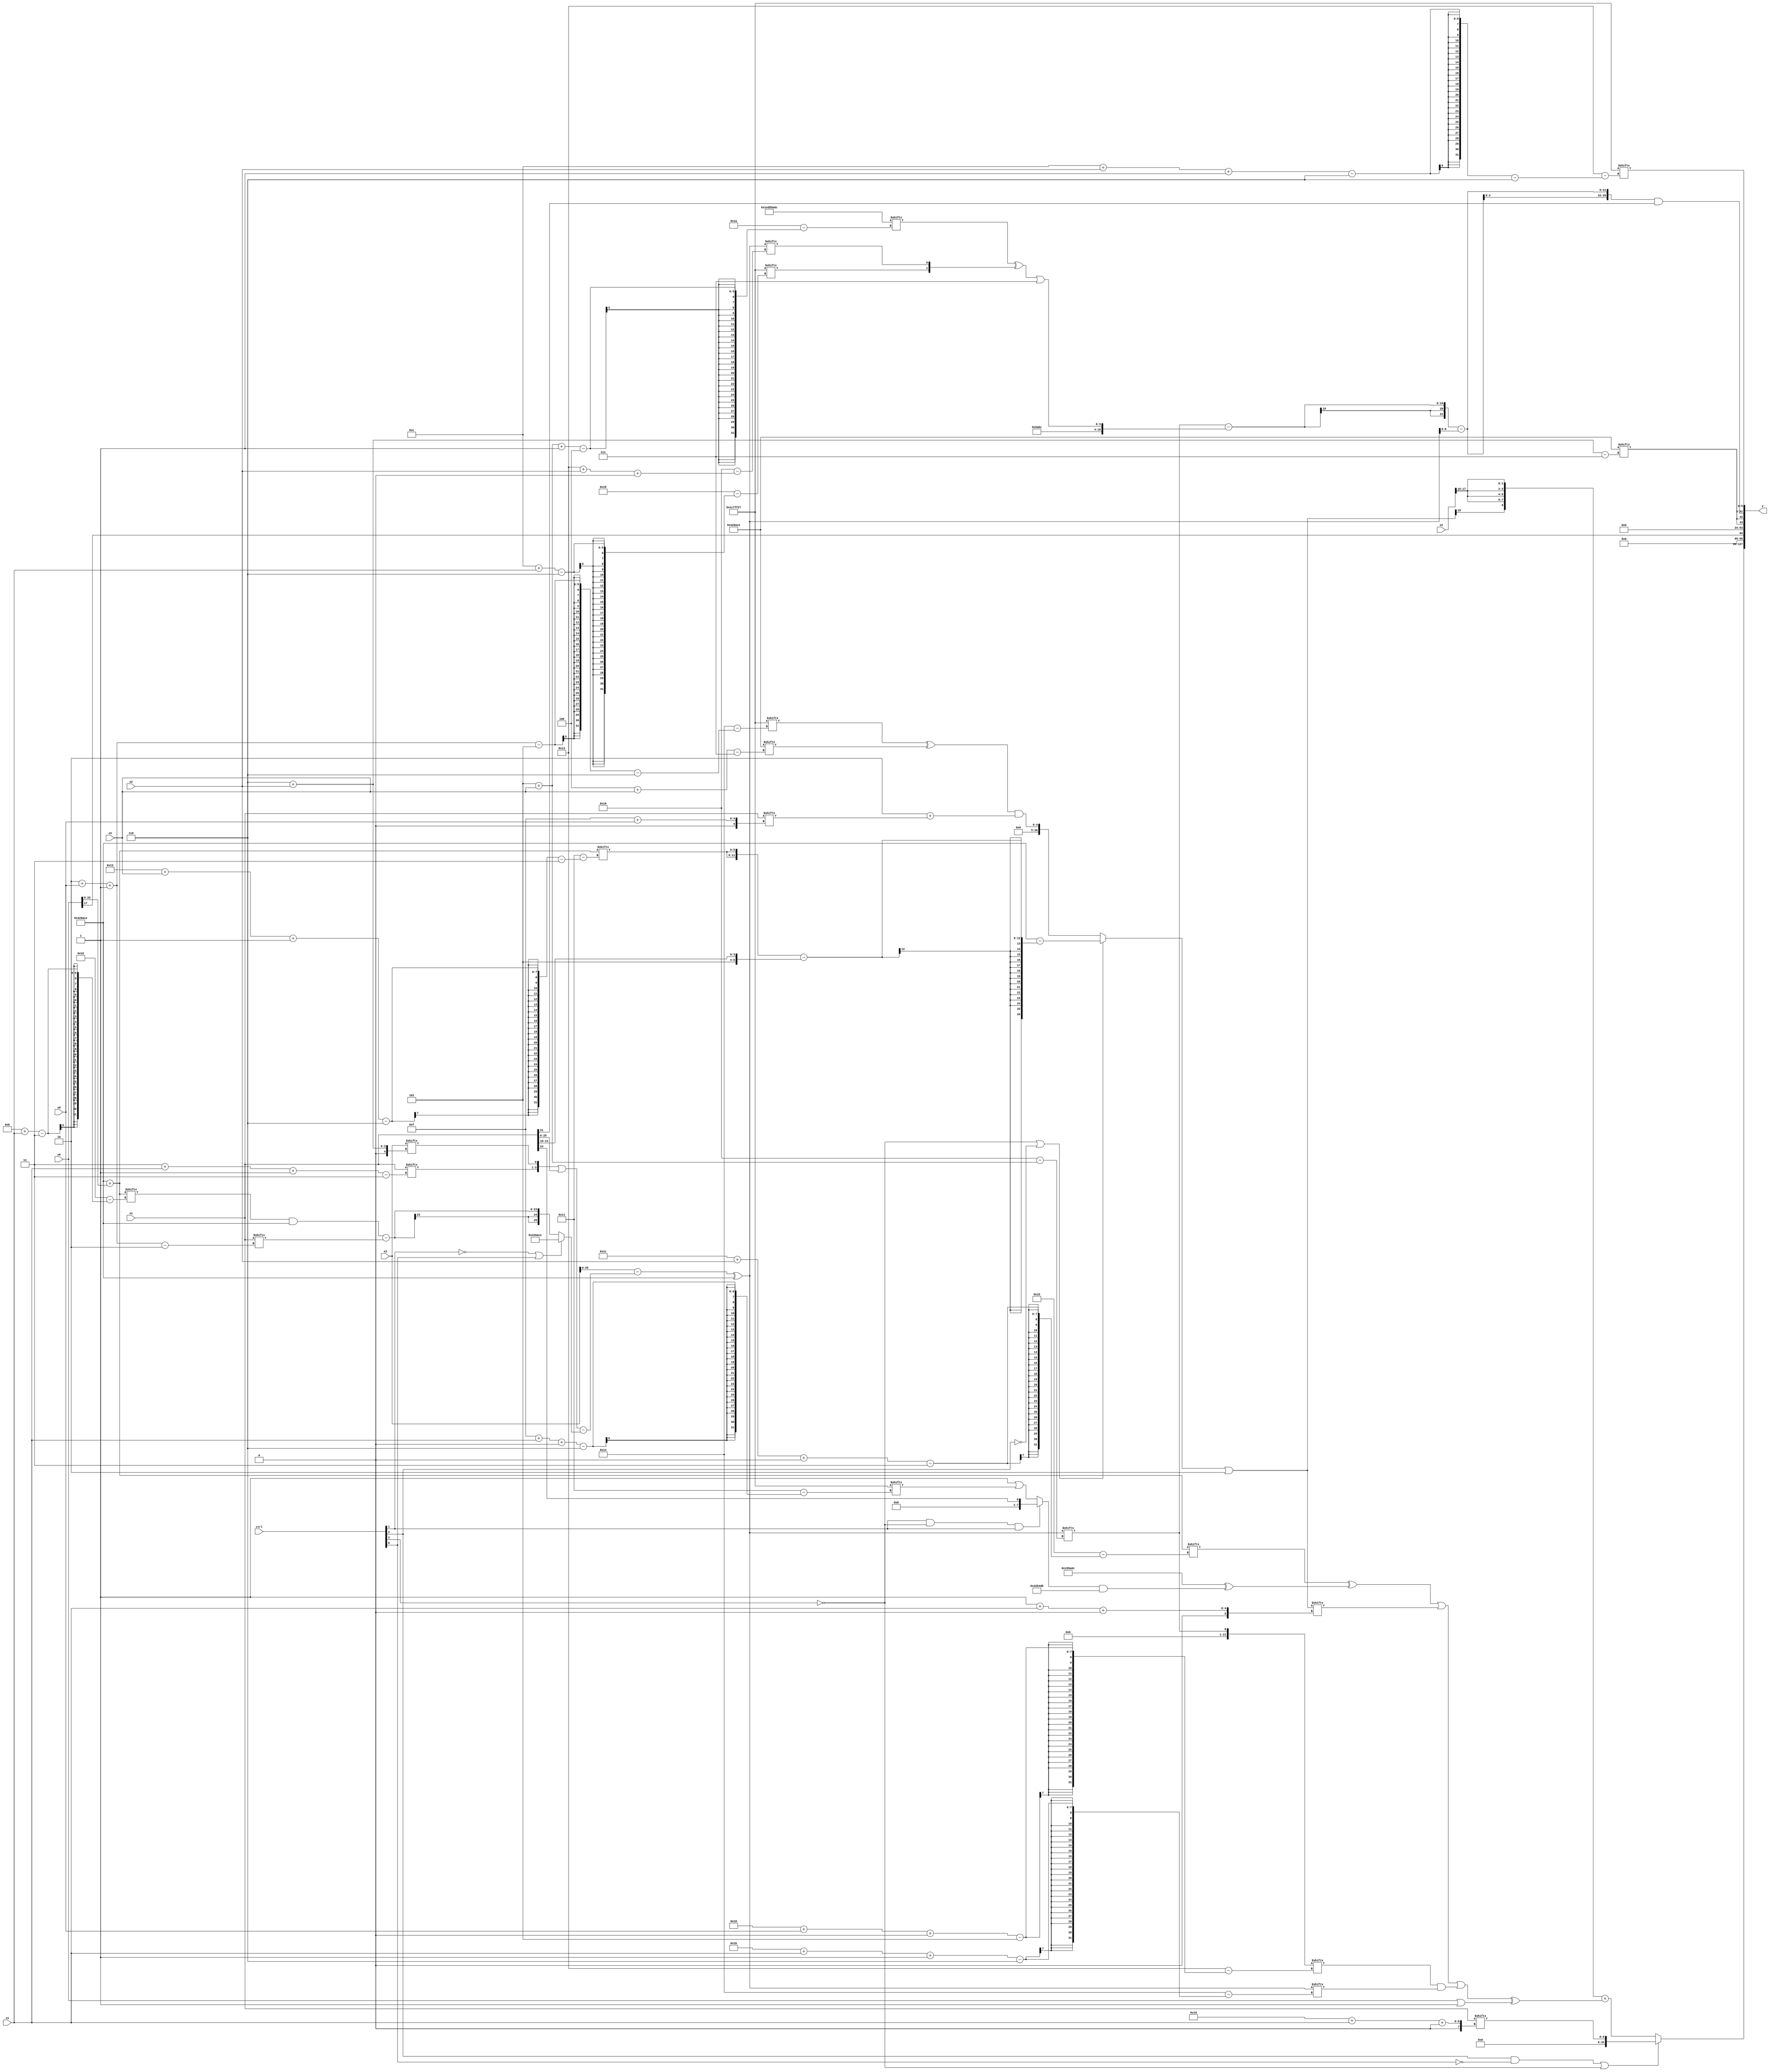
module partsel_00174(ctrl, s0, s1, s2, s3, x0, x1, x2, x3, y);
  input [3:0] ctrl;
  input [2:0] s0;
  input [2:0] s1;
  input [2:0] s2;
  input [2:0] s3;
  input signed [31:0] x0;
  input [31:0] x1;
  input signed [31:0] x2;
  input signed [31:0] x3;
  wire [4:29] x4;
  wire signed [7:27] x5;
  wire signed [6:30] x6;
  wire signed [3:25] x7;
  wire [2:31] x8;
  wire signed [0:25] x9;
  wire signed [5:26] x10;
  wire signed [26:5] x11;
  wire signed [26:7] x12;
  wire signed [4:26] x13;
  wire [30:5] x14;
  wire [26:0] x15;
  output [127:0] y;
  wire signed [31:0] y0;
  wire [31:0] y1;
  wire signed [31:0] y2;
  wire [31:0] y3;
  assign y = {y0,y1,y2,y3};
  localparam signed [0:29] p0 = 517560940;
  localparam [6:25] p1 = 883172854;
  localparam [6:30] p2 = 231210791;
  localparam signed [30:7] p3 = 88238798;
  assign x4 = p2[2 + s0 -: 5];
  assign x5 = x2;
  assign x6 = x2;
  assign x7 = (p3 + x0);
  assign x8 = {2{p1[26 + s0 -: 2]}};
  assign x9 = ((x3 - (({x1[3 + s1 -: 3], x3[6 + s2]} | {p0[19 + s3], x1}) - (!ctrl[1] || ctrl[0] && ctrl[0] ? p3 : ((x7[11 + s1] & p3) - x1[2 + s0 -: 2])))) ^ p3);
  assign x10 = x9[5 + s3];
  assign x11 = (x7[28 + s2 +: 2] ^ (p0 ^ ((ctrl[1] && !ctrl[3] && ctrl[1] ? x1[23] : (p2[15] | p2[15 + s1 +: 8])) & {x2[17 + s1 +: 1], (p0 + p0)})));
  assign x12 = {{2{p0[18 -: 2]}}, {p0, ((p0[5 + s3 -: 4] ^ {p2[12 + s1], x9[19 + s2 +: 1]}) | p1[16 +: 4])}};
  assign x13 = p0[27 + s3 -: 7];
  assign x14 = {2{p0[23 -: 3]}};
  assign x15 = ((!ctrl[3] && !ctrl[3] || !ctrl[2] ? (p3 - ({2{x7[18 + s3 -: 6]}} - {p3[19 -: 4], x1[13 -: 4]})) : ((x4 ^ (p2[16 +: 1] & p3[4 + s3])) & (p1[14 +: 3] + x1[15 + s0]))) | p0[18 +: 2]);
  assign y0 = (ctrl[2] && !ctrl[0] || !ctrl[3] ? x1[29 + s1 +: 6] : ({x15[19 +: 1], {2{{2{x6[14 -: 2]}}}}} + (((x11 | x15[1 + s1 +: 1]) | (x10[16 + s0 +: 3] & x9[27 + s1 -: 6])) ^ {2{(x0 | p0[17 +: 1])}})));
  assign y1 = x0[17 +: 1];
  assign y2 = {2{p3[6 + s2]}};
  assign y3 = {({2{((x10 - x12) - x9[19 -: 3])}} & x1[21]), p2[12 + s2 -: 6]};
endmodule